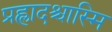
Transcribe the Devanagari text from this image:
प्रह्लादश्चास्मि